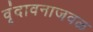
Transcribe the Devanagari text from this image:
वृंदावनाजवळ